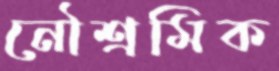
নৌশ্রমিক